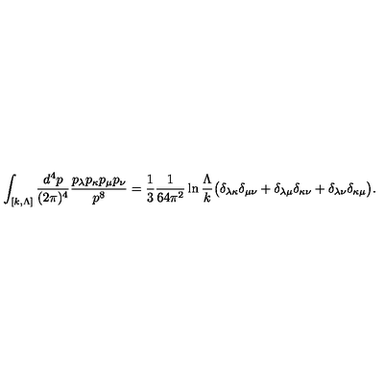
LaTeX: \int _ { [ k , \Lambda ] } \frac { d ^ { 4 } p } { ( 2 \pi ) ^ { 4 } } \frac { p _ { \lambda } p _ { \kappa } p _ { \mu } p _ { \nu } } { p ^ { 8 } } = \frac { 1 } { 3 } \frac { 1 } { 6 4 \pi ^ { 2 } } \ln \frac { \Lambda } { k } \bigl ( \delta _ { \lambda \kappa } \delta _ { \mu \nu } + \delta _ { \lambda \mu } \delta _ { \kappa \nu } + \delta _ { \lambda \nu } \delta _ { \kappa \mu } \bigr ) .